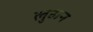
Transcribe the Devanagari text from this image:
लुहान